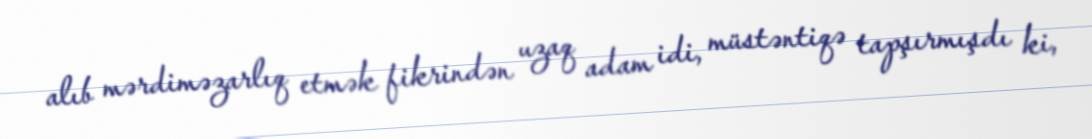
alıb mərdiməzarlıq etmək fikrindən uzaq adam idi, müstəntiqə tapşırmışdı ki,